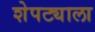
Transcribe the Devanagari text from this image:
शेपट्याला